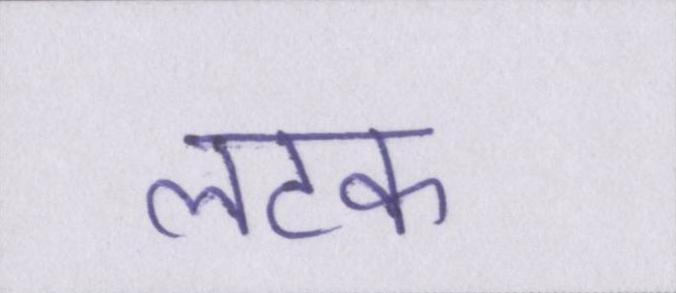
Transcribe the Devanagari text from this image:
लटक